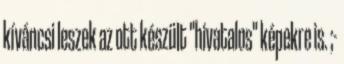
kíváncsi leszek az ott készült "hivatalos" képekre is. ;-